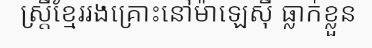
ស្ត្រីខ្មែររងគ្រោះនៅម៉ាឡេស៊ី ធ្លាក់ខ្លួន